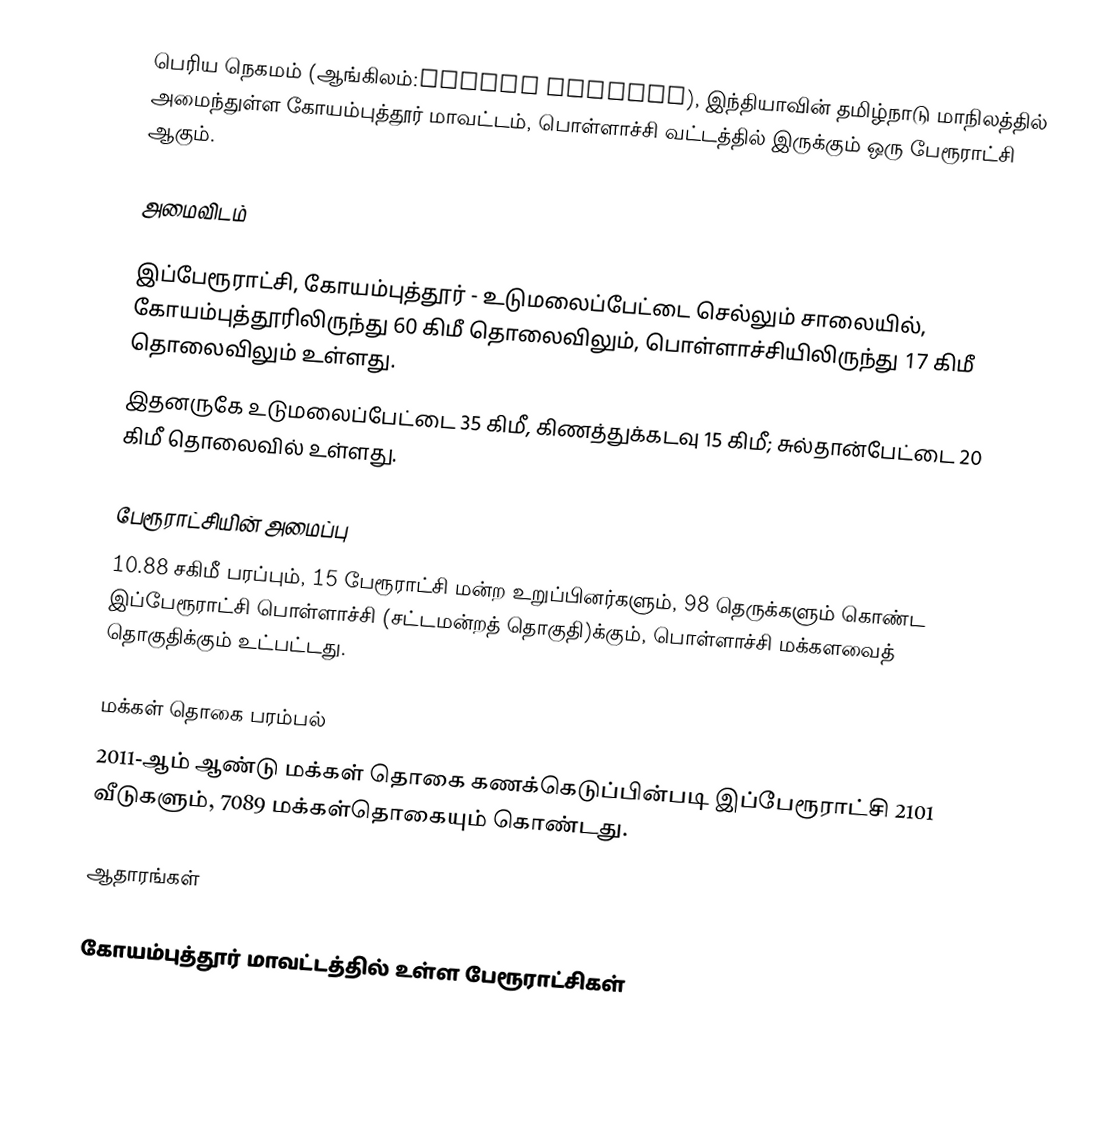
பெரிய நெகமம் (ஆங்கிலம்:Periya Negamam), இந்தியாவின் தமிழ்நாடு மாநிலத்தில் அமைந்துள்ள கோயம்புத்தூர் மாவட்டம், பொள்ளாச்சி வட்டத்தில் இருக்கும் ஒரு பேரூராட்சி ஆகும்.

அமைவிடம்

இப்பேரூராட்சி, கோயம்புத்தூர் - உடுமலைப்பேட்டை செல்லும் சாலையில், கோயம்புத்தூரிலிருந்து 60 கிமீ தொலைவிலும், பொள்ளாச்சியிலிருந்து 17 கிமீ தொலைவிலும் உள்ளது.
இதனருகே உடுமலைப்பேட்டை 35 கிமீ, கிணத்துக்கடவு 15 கிமீ; சுல்தான்பேட்டை 20 கிமீ தொலைவில் உள்ளது.

பேரூராட்சியின் அமைப்பு
10.88 சகிமீ பரப்பும், 15 பேரூராட்சி மன்ற உறுப்பினர்களும், 98 தெருக்களும்  கொண்ட இப்பேரூராட்சி  பொள்ளாச்சி  (சட்டமன்றத் தொகுதி)க்கும், பொள்ளாச்சி மக்களவைத் தொகுதிக்கும் உட்பட்டது.

மக்கள் தொகை பரம்பல்
2011-ஆம் ஆண்டு மக்கள் தொகை கணக்கெடுப்பின்படி  இப்பேரூராட்சி 2101 வீடுகளும், 7089 மக்கள்தொகையும் கொண்டது.

ஆதாரங்கள்

கோயம்புத்தூர் மாவட்டத்தில் உள்ள பேரூராட்சிகள்